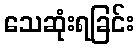
သေဆုံးရခြင်း